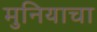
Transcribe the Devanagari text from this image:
मुनियाचा